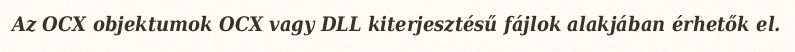
Az OCX objektumok OCX vagy DLL kiterjesztésű fájlok alakjában érhetők el.